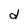
Character: d